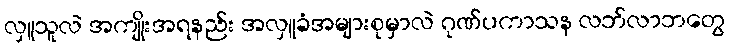
လှူသူလဲ အကျိုးအရနည်း အလှူခံအများစုမှာလဲ ဂုဏ်ပကာသန လဘ်လာဘတွေ